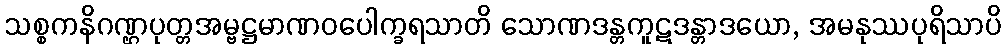
သစ္စကနိဂဏ္ဌပုတ္တအမ္ဗဋ္ဌမာဏဝပေါက္ခရသာတိ သောဏဒန္တကူဋဒန္တာဒယော, အမနုဿပုရိသာပိ